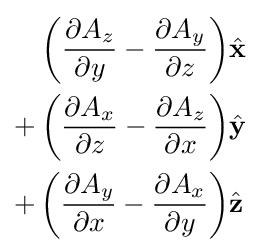
{\begin{aligned}\left({\frac {\partial A_{z}}{\partial y}}-{\frac {\partial A_{y}}{\partial z}}\right)&{\hat {\mathbf {x} }}\\+\left({\frac {\partial A_{x}}{\partial z}}-{\frac {\partial A_{z}}{\partial x}}\right)&{\hat {\mathbf {y} }}\\+\left({\frac {\partial A_{y}}{\partial x}}-{\frac {\partial A_{x}}{\partial y}}\right)&{\hat {\mathbf {z} }}\end{aligned}}